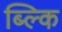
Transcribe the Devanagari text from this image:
ब्ल्कि